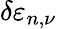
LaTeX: \delta\varepsilon_{n,\nu}